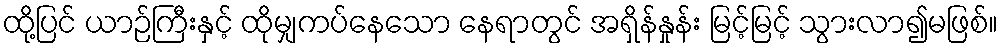
ထို့ပြင် ယာဉ်ကြီးနှင့် ထိုမျှကပ်နေသော နေရာတွင် အရှိန်နှုန်း မြင့်မြင့် သွားလာ၍မဖြစ်။